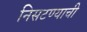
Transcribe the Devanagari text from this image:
निसटण्याची